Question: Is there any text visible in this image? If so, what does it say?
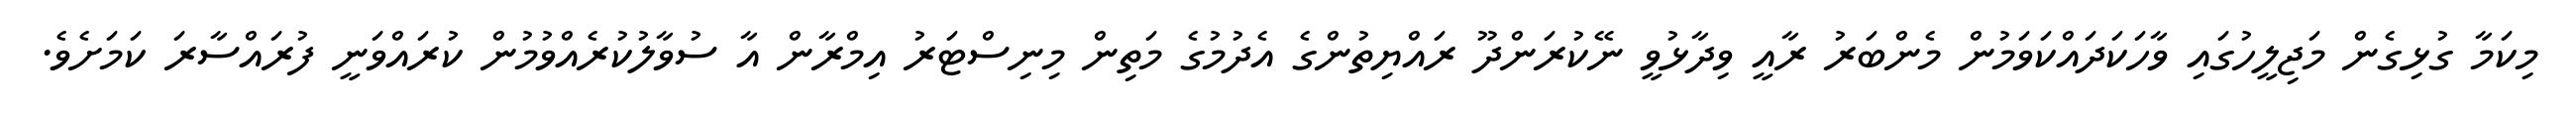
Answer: މިކަމާ ގުޅިގެން މަޖިލީހުގައި ވާހަކަދައްކަވަމުން މެންބަރު ރާއީ ވިދާޅުވީ ނޭކުރަންދޫ ރައްޔިތުންގެ އެދުމުގެ މަތިން މިނިސްޓަރު އިމްރާން އާ ސުވާލުކުރެއްވުމުން ކުރައްވަނީ ފުރައްސާރަ ކަމަށެވެ.